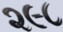
૨૯૮